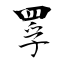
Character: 罦